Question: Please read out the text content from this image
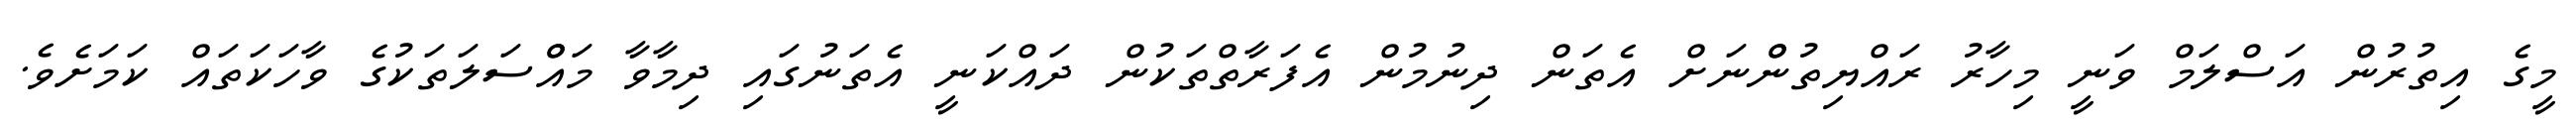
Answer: މީގެ އިތުރުން އަސްލަމް ވަނީ މިހާރު ރައްޔިތުންްނަށް އެތަން ދިނުމުން އެފަރާތްތަކުން ދައްކަނީ އެތަނުގައި ދިމާވާ މައްްސަލަތަކުގެ ވާހަކަތައް ކަމަށެވެ.